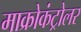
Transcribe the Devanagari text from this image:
माक्रोकंट्रोलर